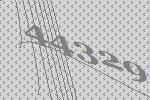
44329